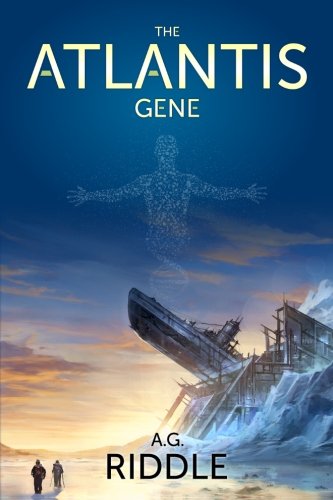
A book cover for The Atlantis Gene: A Thriller (The Origin Mystery, Book 1); A.G. Riddle; Mystery, Thriller & Suspense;